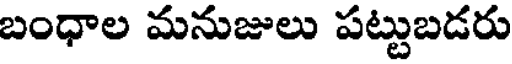
బంధాల మనుజులు పట్టుబడరు